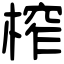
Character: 榨